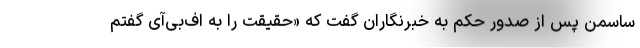
ساسمن پس از صدور حکم به خبرنگاران گفت که «حقیقت را به اف‌بی‌آی گفتم